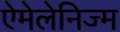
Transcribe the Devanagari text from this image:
ऐमेलेनिज्म